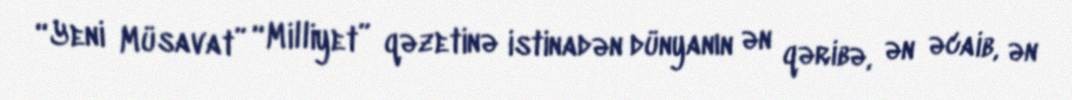
“Yeni Müsavat” “Milliyet” qəzetinə istinadən dünyanın ən qəribə, ən əcaib, ən